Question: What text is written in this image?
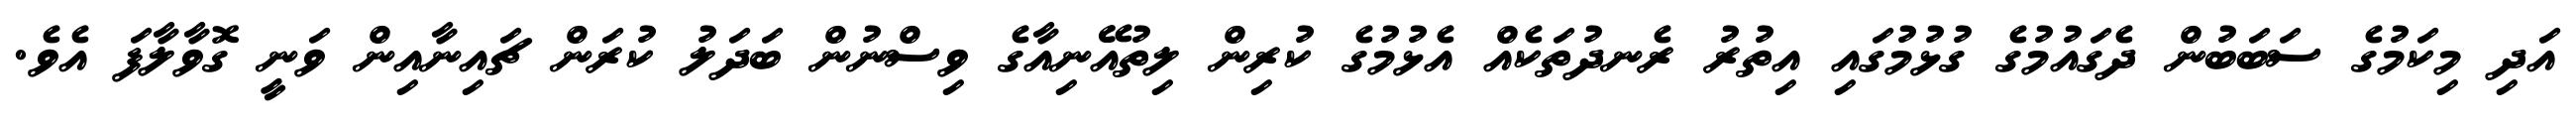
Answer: އަދި މިކަމުގެ ސަބަބުން ދެގައުމުގެ ގުޅުމުގައި އިތުރު ރެނދުތަކެއް އެޅުމުގެ ކުރިން ލިތުއޭނިއާގެ ވިސްނުން ބަދަލު ކުރަން ޗައިނާއިން ވަނީ ގޮވާލާފަ އެވެ.